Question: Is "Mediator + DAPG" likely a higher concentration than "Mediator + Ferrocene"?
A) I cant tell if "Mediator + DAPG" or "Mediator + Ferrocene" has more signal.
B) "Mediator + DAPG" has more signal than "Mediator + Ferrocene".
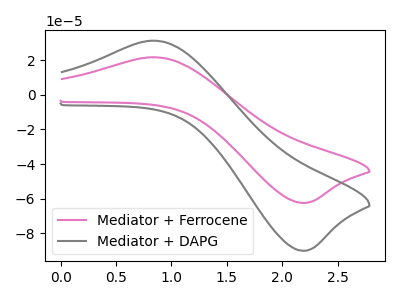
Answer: <think>The pink curve "Mediator + Ferrocene" has an anodic peak at (0.80V, 21.60uA) and a cathodic peak at (2.20V, -62.40uA). The gray curve "Mediator + DAPG" has an anodic peak at (0.80V, 31.15uA) and a cathodic peak at (2.20V, -89.95uA).
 All the peaks in "Mediator + DAPG" have a peak in "Mediator + Ferrocene" at the same potential. Every peak in "Mediator + DAPG" is higher than every peak in "Mediator + Ferrocene".</think>
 <answer>B) "Mediator + DAPG" has more signal than "Mediator + Ferrocene".</answer>
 <eval>B</eval>